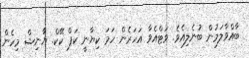
ބާއްވާލަމުން ބުނެލިއެވެ. ވަޓްއެވާ އަހަރެން ހަމަ ކިޔާނީ ކަޕް ކޭކް. ޔާނިޝް މިހެން